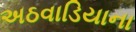
અઠવાડિયાના